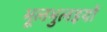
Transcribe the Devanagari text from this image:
भूलभुलइयों